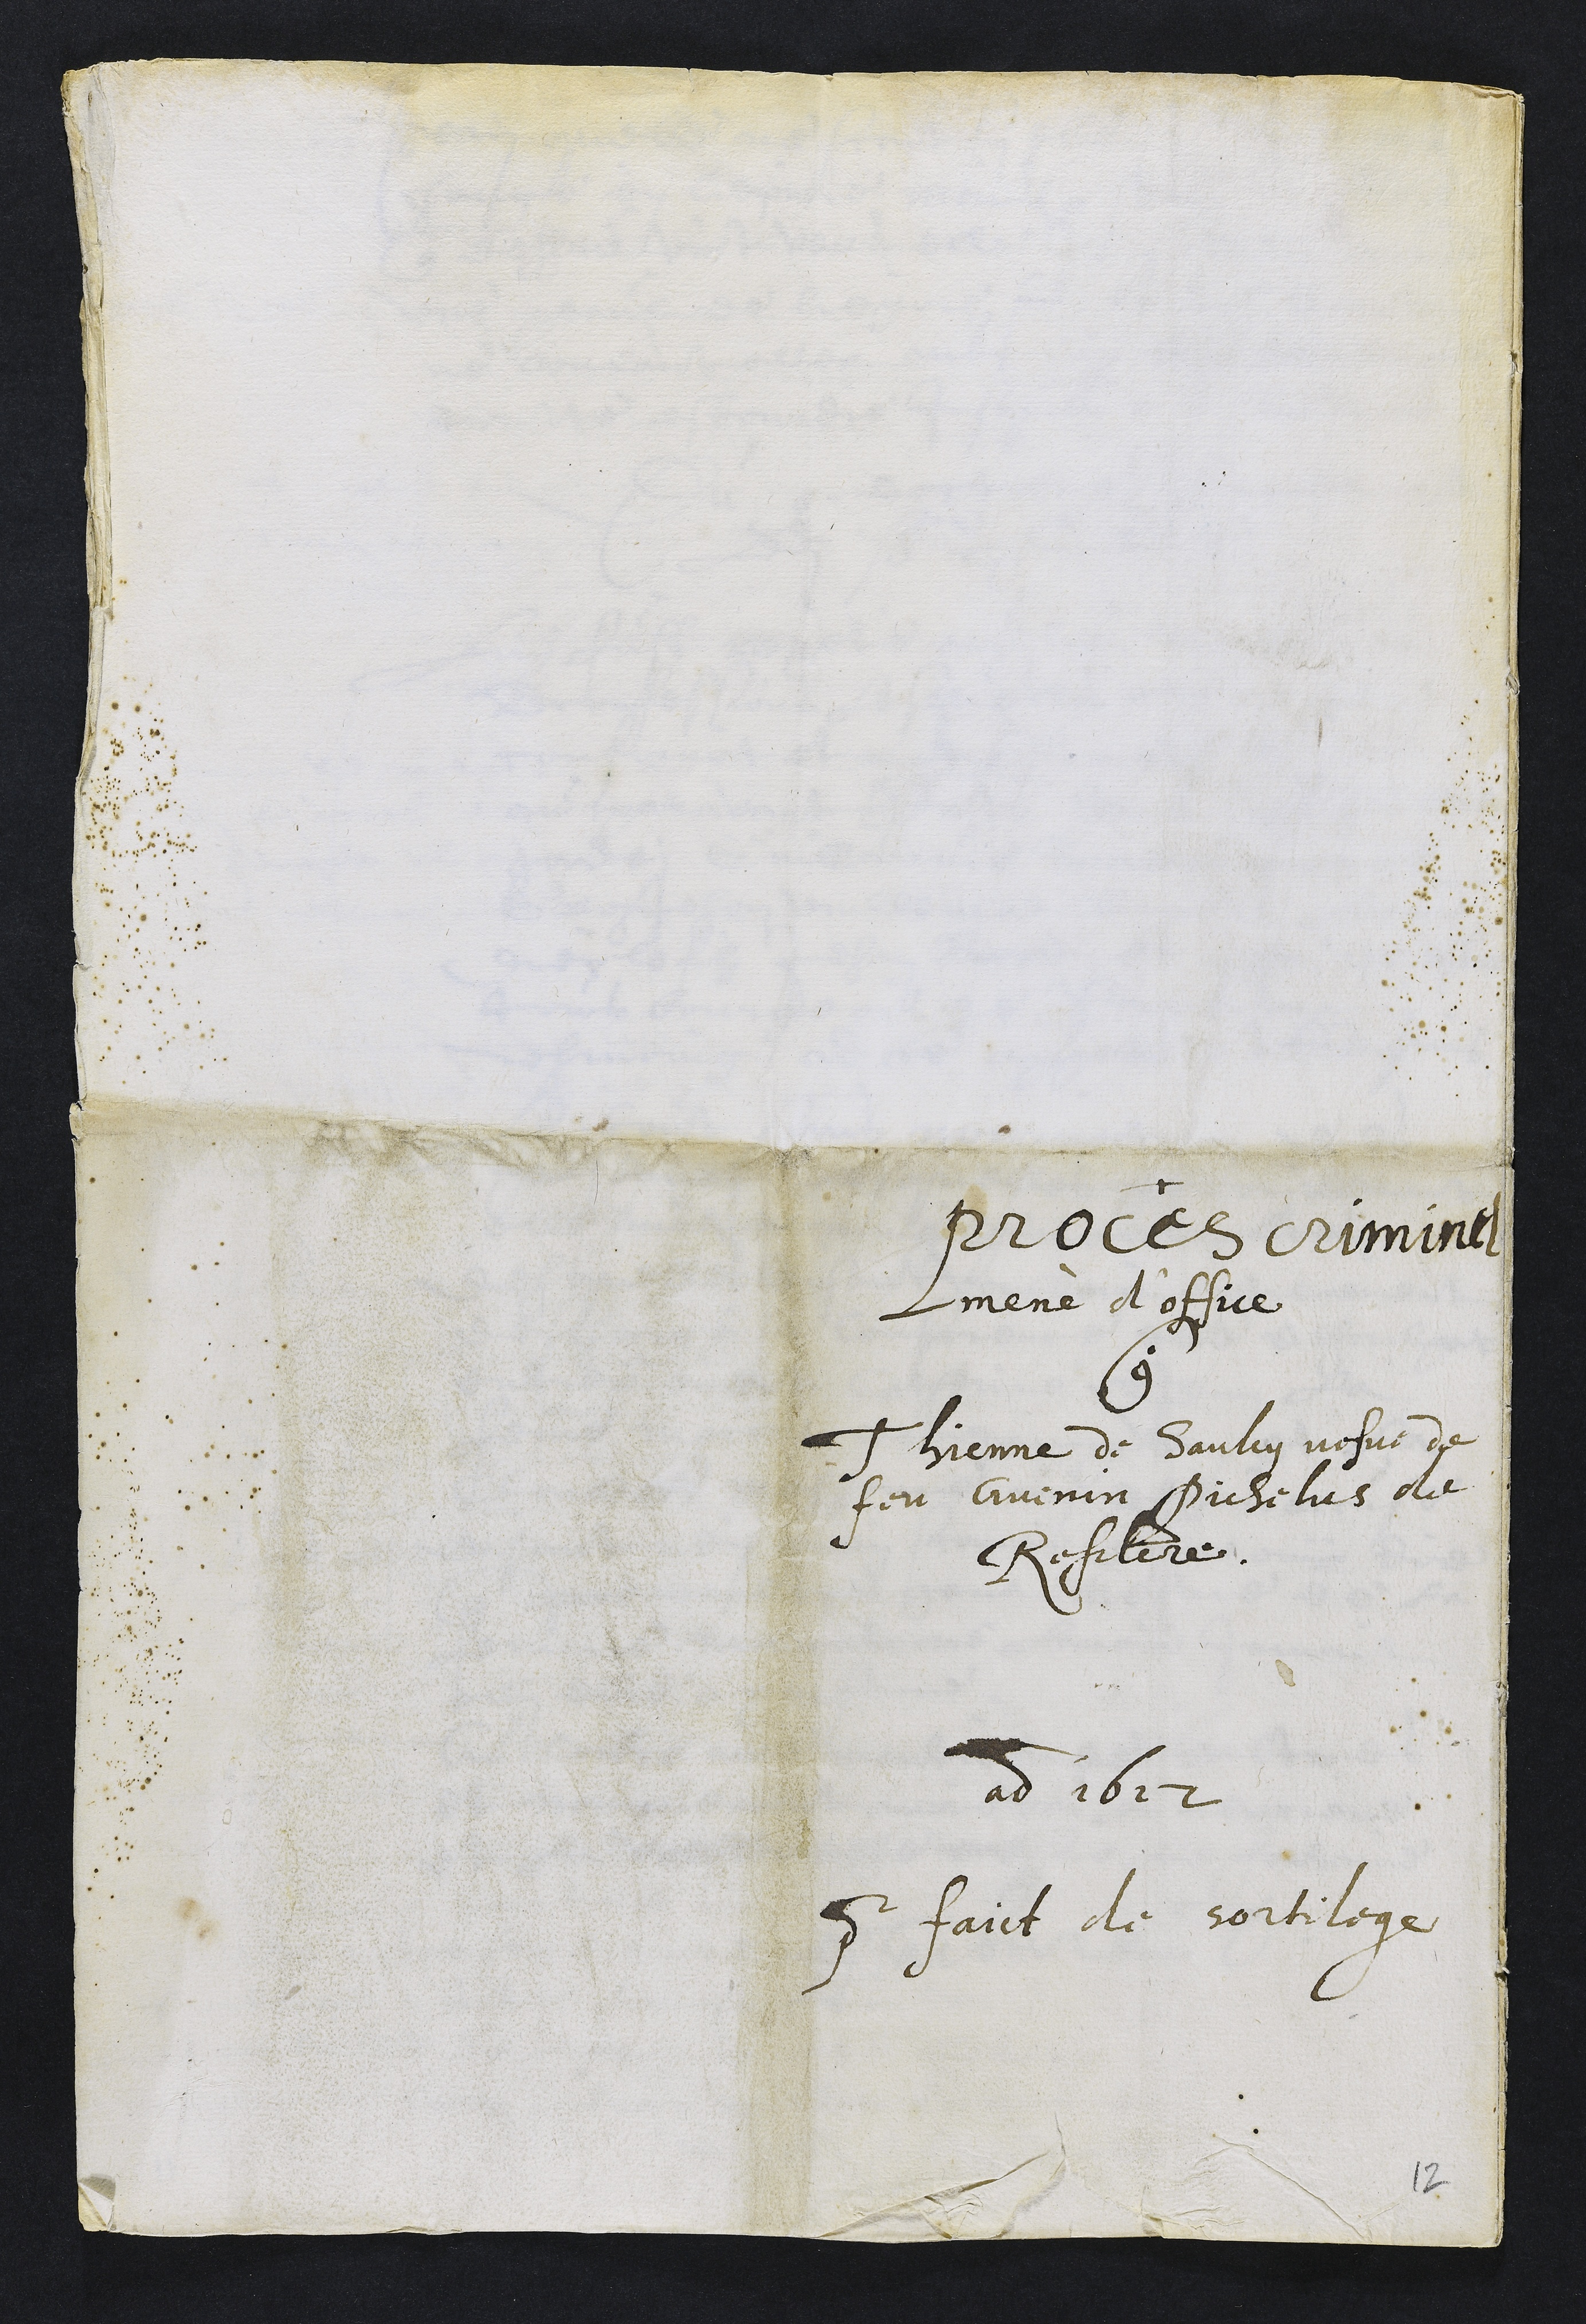
+
proces criminel
mené d’office
contre
Thienne de Saulcy vefve de
feu Guenin Pichelus de
Resclere.
ad 1612
pour faict de sortilege

12